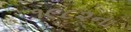
૧૯૮૨ના